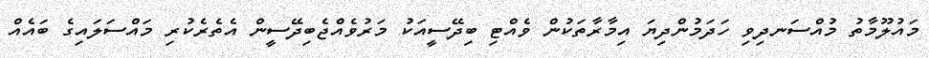
މައުލޫމާތު މުއްސަނދިވި ހަދަމުންދިޔަ އިމާރާތަކުން ވެއްޓި ބިދޭސީއަކު މަރުވެއްޖެބިދޭސީން އެތެރެކުރި މައްސަލައިގެ ބައެއް